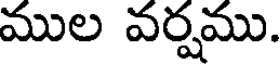
ముల వర్షము.